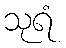
သုရံ